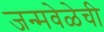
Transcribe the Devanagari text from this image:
जन्मवेळेची